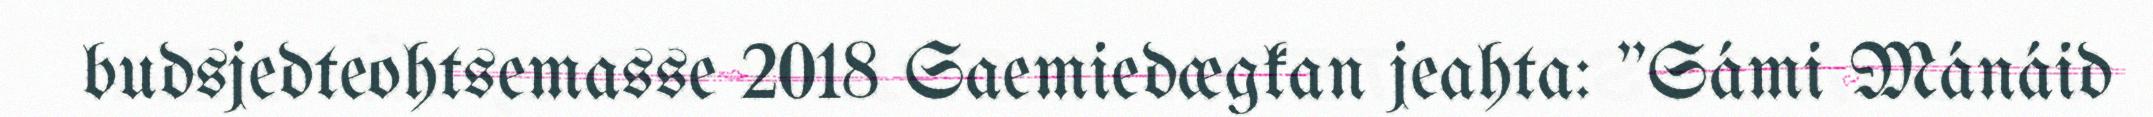
budsjedteohtsemasse 2018 Saemiedægkan jeahta: "Sámi Mánáid